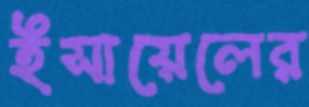
ইসায়েলের